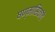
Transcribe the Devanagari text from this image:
षण्मासिकांचे